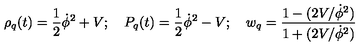
\rho _ { q } ( t ) = \frac { 1 } { 2 } \dot { \phi } ^ { 2 } + V ; \quad P _ { q } ( t ) = \frac { 1 } { 2 } \dot { \phi } ^ { 2 } - V ; \quad w _ { q } = \frac { 1 - ( 2 V / \dot { \phi } ^ { 2 } ) } { 1 + ( 2 V / \dot { \phi } ^ { 2 } ) }